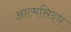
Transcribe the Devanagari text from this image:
आत्मसिद्ध